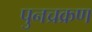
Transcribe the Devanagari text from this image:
पुनच्रक्रण